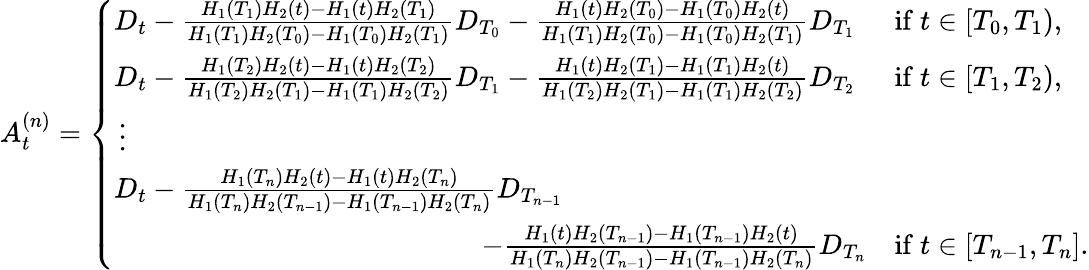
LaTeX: A_{t}^{(n)}=\left\{ \begin{array}{ll}{D_{t}-\frac{H_{1}(T_{1})H_{2}(t)-H_{1}(t)H_{2}(T_{1})}{H_{1}(T_{1})H_{2}(T_{0})-H_{1}(T_{0})H_{2}(T_{1})}D_{T_{0}}-\frac{H_{1}(t)H_{2}(T_{0})-H_{1}(T_{0})H_{2}(t)}{H_{1}(T_{1})H_{2}(T_{0})-H_{1}(T_{0})H_{2}(T_{1})}D_{T_{1}}}&{\mathrm{if~}t\in[T_{0},T_{1}),}\\ {D_{t}-\frac{H_{1}(T_{2})H_{2}(t)-H_{1}(t)H_{2}(T_{2})}{H_{1}(T_{2})H_{2}(T_{1})-H_{1}(T_{1})H_{2}(T_{2})}D_{T_{1}}-\frac{H_{1}(t)H_{2}(T_{1})-H_{1}(T_{1})H_{2}(t)}{H_{1}(T_{2})H_{2}(T_{1})-H_{1}(T_{1})H_{2}(T_{2})}D_{T_{2}}}&{\mathrm{if~}t\in[T_{1},T_{2}),}\\ {\, \vdots}\\ {D_{t}-\frac{H_{1}(T_{n})H_{2}(t)-H_{1}(t)H_{2}(T_{n})}{H_{1}(T_{n})H_{2}(T_{n-1})-H_{1}(T_{n-1})H_{2}(T_{n})}D_{T_{n-1}}}&\\ {\quad\quad\quad\quad\quad\quad\quad\quad\quad\quad\quad\quad\quad-\frac{H_{1}(t)H_{2}(T_{n-1})-H_{1}(T_{n-1})H_{2}(t)}{H_{1}(T_{n})H_{2}(T_{n-1})-H_{1}(T_{n-1})H_{2}(T_{n})}D_{T_{n}}}&{\mathrm{if~}t\in[T_{n-1},T_{n}].}\end{array}\right.